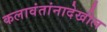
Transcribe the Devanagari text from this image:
कलावंतांनादेखील